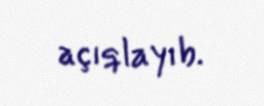
açıqlayıb.